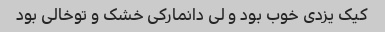
کیک یزدی خوب بود و لی دانمارکی خشک و توخالی بود